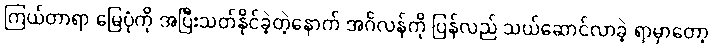
ကြယ်တာရာ မြေပုံကို အပြီးသတ်နိုင်ခဲ့တဲ့နောက် အင်္ဂလန်ကို ပြန်လည် သယ်ဆောင်လာခဲ့ ရာမှာတော့